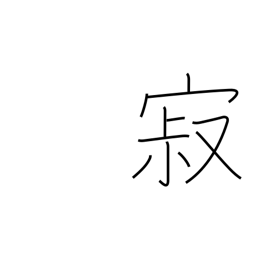
Meaning: mellow